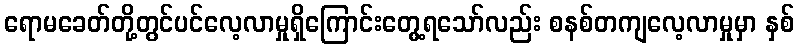
ရောမခေတ်တို့တွင်ပင်လေ့လာမှုရှိကြောင်းတွေ့ရသော်လည်း စနစ်တကျလေ့လာမှုမှာ နှစ်